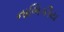
નાભિકીય